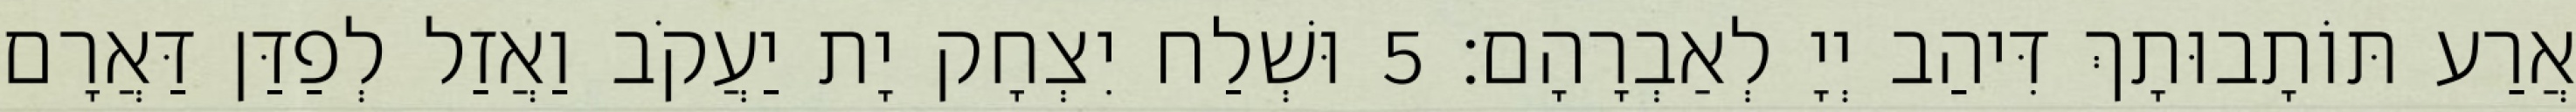
אֲרַע תּוֹתָבוּתָךְ דִּיהַב יְיָ לְאַבְרָהָם׃ 5 וּשְׁלַח יִצְחָק יָת יַעֲקֹב וַאֲזַל לְפַדַּן דַּאֲרָם